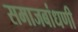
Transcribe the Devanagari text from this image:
समाजबांधणी